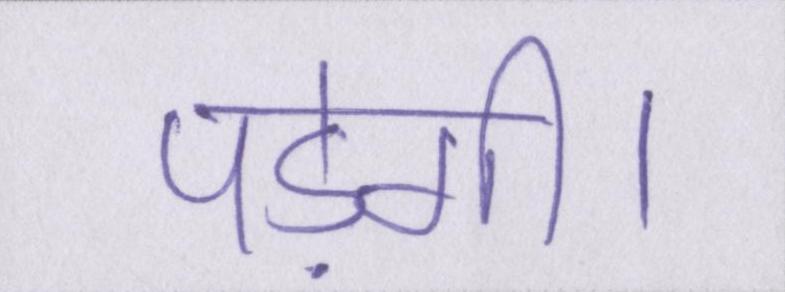
पड़ेगी।